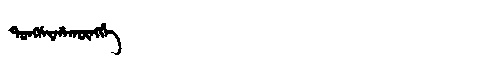
Manchu: ᡨᠣᠩᠰᡳᡥᠠᡴᡡᠩᡤᡝ
Romanization: TONGSIHAKŪNGGE